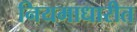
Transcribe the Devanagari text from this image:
नियमाधारीत